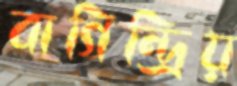
বাগিন্দ্রিয়